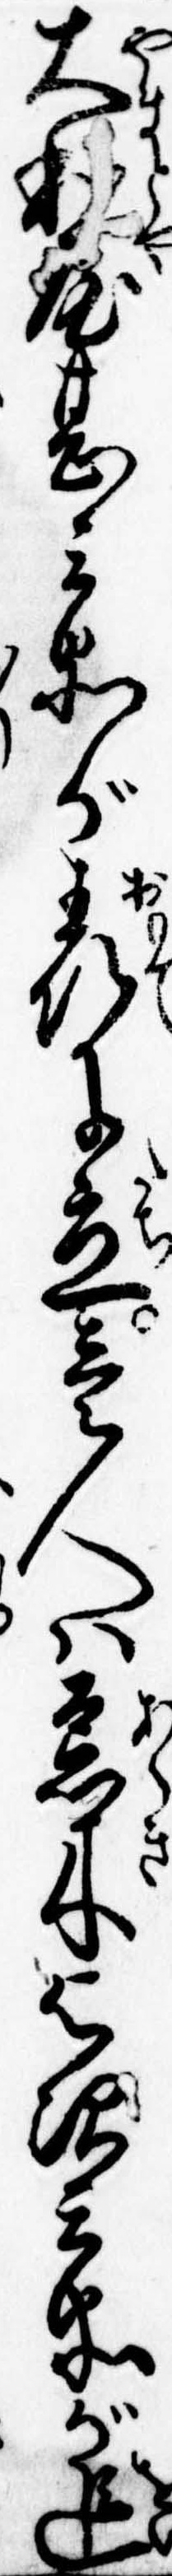
大屋甚兵衛が表に立壱人は荒木与次兵衛が追